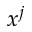
x ^ { j }